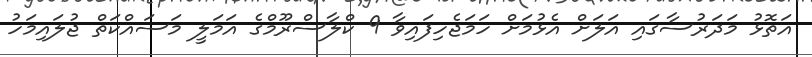
އަތޮޅު މަދަރުސާގައި އަލަށް އެޅުމަށް ހަމަޖެހިފައިވާ 9 ކްލާސްރޫމްގެ އަމަލީ މަސައްކަތް ޖުލައިމަހު